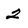
Character: 2